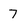
Character: 7